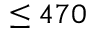
\leq 4 7 0